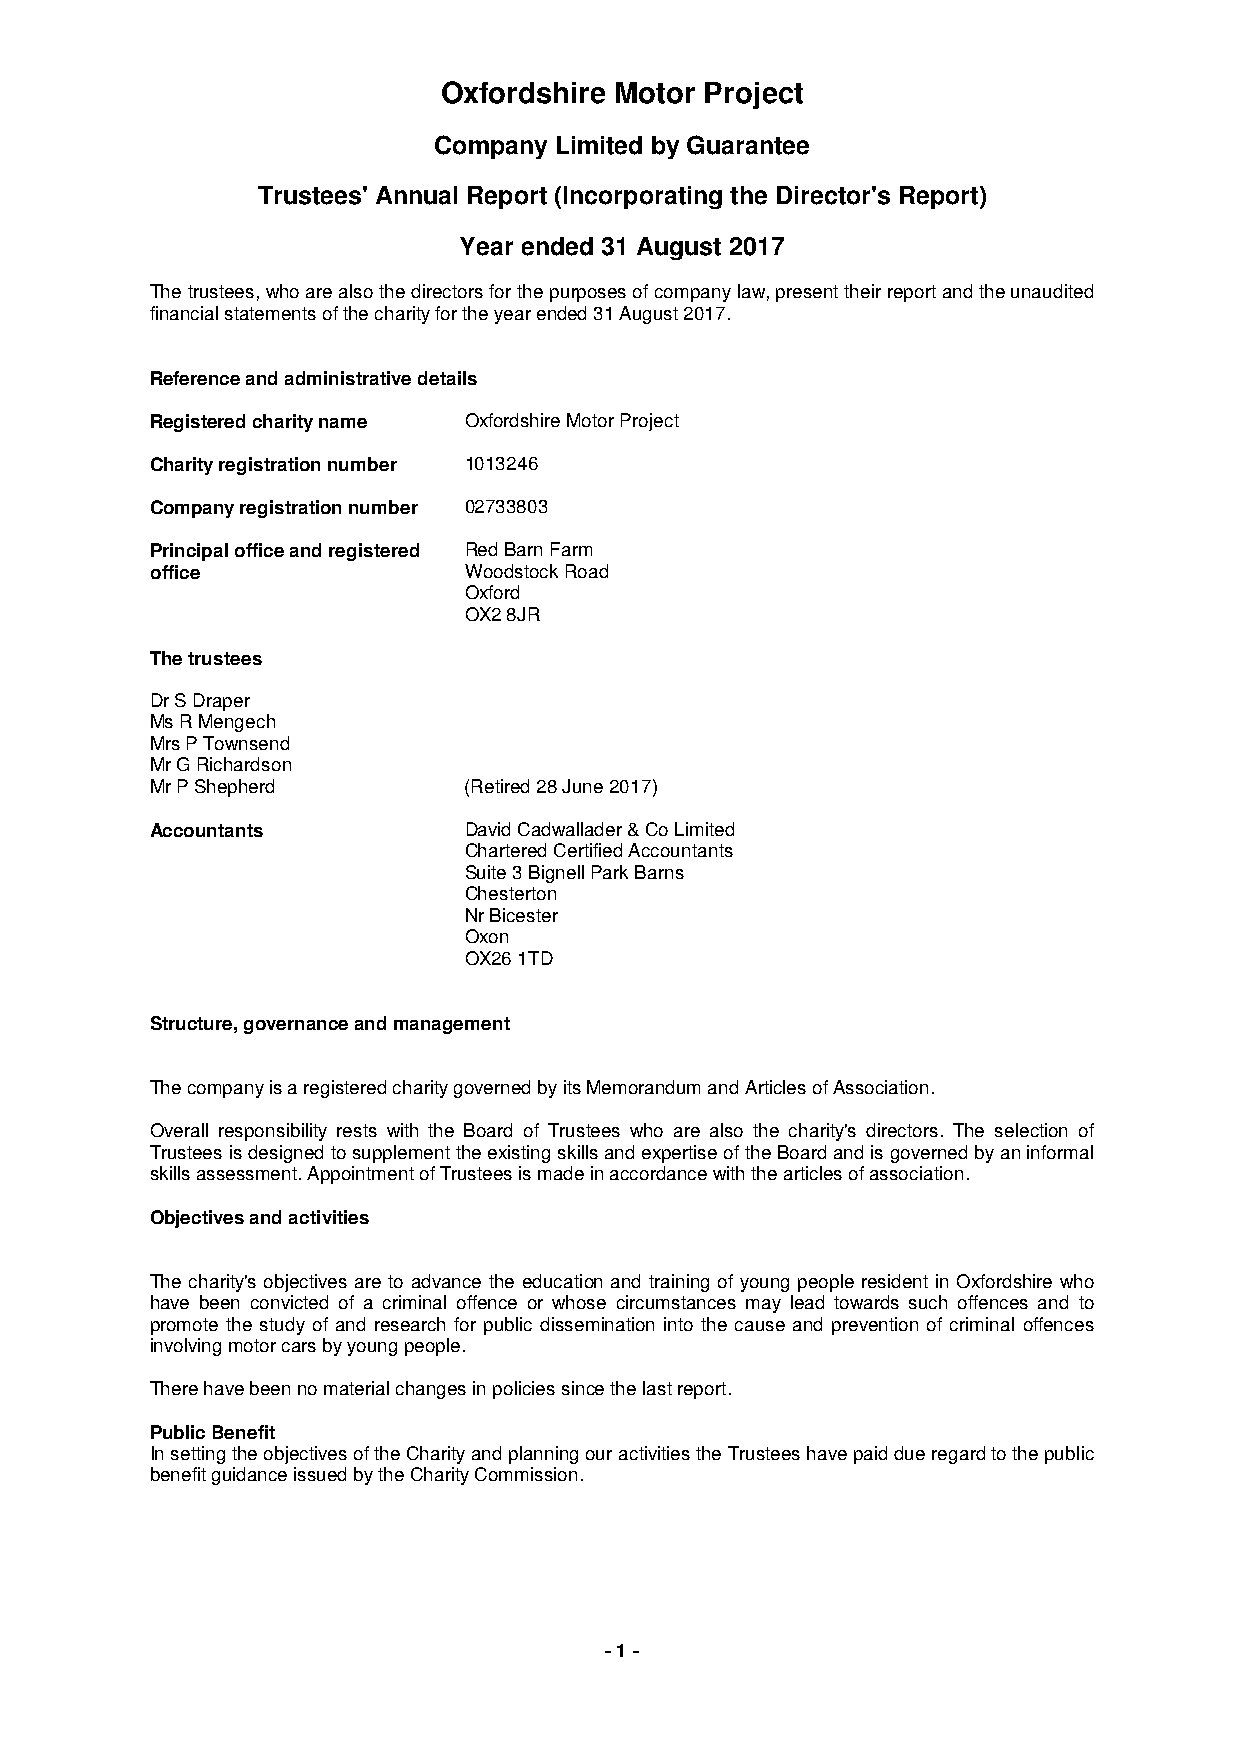
Oxfordshire Motor Project
 Company Limited by Guarantee
 Trustees' Annual Report (Incorporating the Director's Report)
 Year ended 31 August 2017
 The trustees, who are also the directors for the purposes of company law, present their report and the unaudited
 financial statements of the charity for the year ended 31 August 2017.
 Reference and administrative details
 Registered charity name Oxfordshire Motor Project
 Charity registration number 1013246
 Company registration number 02733803
 Principal office and registered Red Barn Farm
 office               Woodstock Road
 Oxford
 OX2 8JR
 The trustees
 Dr S Draper
 Ms R Mengech
 Mrs P Townsend
 Mr G Richardson
 Mr P Shepherd        (Retired 28 June 2017)
 Accountants          David Cadwallader & Co Limited
 Chartered Certified Accountants
 Suite 3 Bignell Park Barns
 Chesterton
 Nr Bicester
 Oxon
 OX26 1TD
 Structure, governance and management
 The company is a registered charity governed by its Memorandum and Articles of Association.
 Overall responsibility rests with the Board of Trustees who are also the charity's directors. The selection of
 Trustees is designed to supplement the existing skills and expertise of the Board and is governed by an informal
 skills assessment. Appointment of Trustees is made in accordance with the articles of association.
 Objectives and activities
 The charity's objectives are to advance the education and training of young people resident in Oxfordshire who
 have been convicted of a criminal offence or whose circumstances may lead towards such offences and to
 promote the study of and research for public dissemination into the cause and prevention of criminal offences
 involving motor cars by young people.
 There have been no material changes in policies since the last report.
 Public Benefit
 In setting the objectives of the Charity and planning our activities the Trustees have paid due regard to the public
 benefit guidance issued by the Charity Commission.
 - 1 -